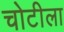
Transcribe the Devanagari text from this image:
चोटीला